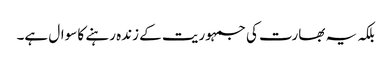
بلکہ یہ بھارت کی جمہوریت کے زندہ رہنے کا سوال ہے۔